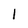
Character: 1